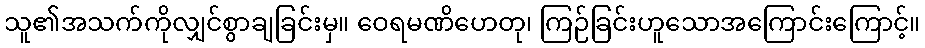
သူ၏အသက်ကိုလျှင်စွာချခြင်းမှ။ ဝေရမဏိဟေတု၊ ကြဉ်ခြင်းဟူသောအကြောင်းကြောင့်။